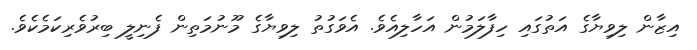
އިޒާން ލިވިޔާގެ އަތުގައި ހިފާލަމުން އަހާލިއެވެ. އެވަގުތު ލިވިޔާގެ މޫނުމަތިން ފެނިލީ ބިރުވެރިކަމެކެވެ.